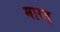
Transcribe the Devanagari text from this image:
मारत्